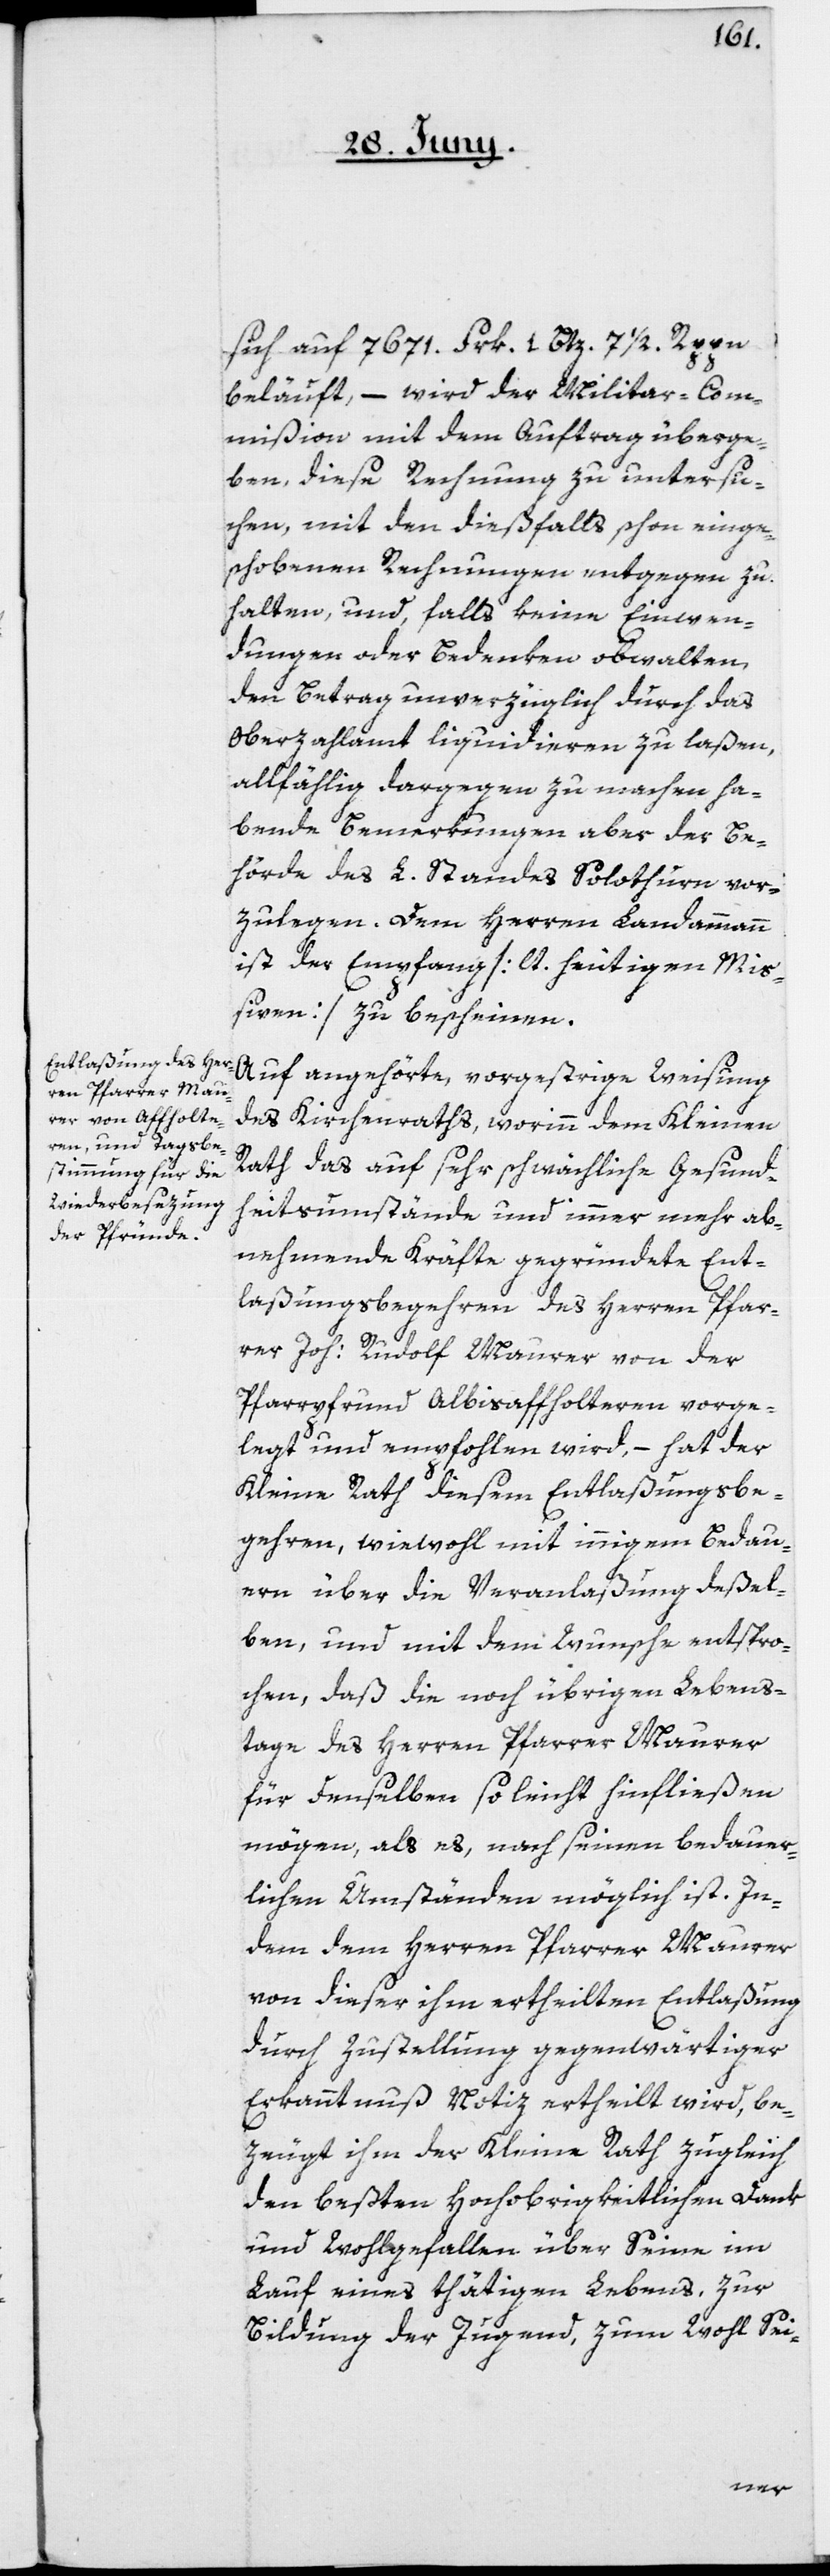
sich auf 7671 Frk. 1. Btz. 7 1/2 Rpp.
beläuft, – wird der Militar-Com¬
mißion mit dem Auftrag überge¬
ben, diese Rechnung zu untersu¬
chen, mit den dießfalls schon einge¬
schobenen Rechnungen entgegen zu
halten, und, falls keine Einwen¬
dungen oder Bedenken obwalten,
den Betrag unverzüglich durch das
Oberzahlamt liquidieren zu laßen,
allfählig dargegen zu machen ha¬
bende Bemerkungen aber der Be¬
hörde des L. Standes Solothurn vor¬
zulegen. Dem Herren Landammann
ist der Empfang [lt. heutigen Miß¬
iven] zu bescheinen.
Auf angehörte vorgestrige Weisung,
des Kirchenraths, worinn dem Kleinen
Rath das auf sehr schwächliche Gesundhe¬
itsumstände und immer mehr ab¬
nehmende Kräfte gegründete Ent¬
laßungsbegehren des Herren Pfar¬
rer Joh: Rudolf Maurer von der
Pfarrpfrund Albisaffolteren vorge¬
legt und empfohlen wird, – hat der
Kleine Rath diesem Entlaßungsbe¬
gehren, wiewohl mit innigem Bedau¬
ern über die Veranlaßung deßel¬
ben, und mit dem Wunsche entspro¬
chen, daß die noch übrigen Lebens¬
tage des Herren Pfarrer Maurer
für denselben so leicht hinfließen
mögen, als es, nach seinen bedauer¬
lichen Umständen möglich ist. In¬
dem dem Herren Pfarrer Maurer
von dieser ihm ertheilten Entlaßung
durch Zustellung gegenwärtiger
Erkanntnuß Notiz ertheilt wird, be¬
zeugt ihm der Kleine Rath zugleich
den beßten Hochobrigkeitlichen Dank
und Wohlgefallen über Seine im
Lauf eines thätigen Lebens, zur
Bildung der Jugend, zum Wohl Sei-